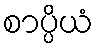
စာပ္ပိယံ